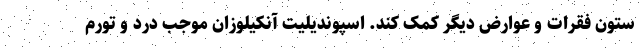
ستون فقرات و عوارض دیگر کمک کند. اسپوندیلیت آنکیلوزان موجب درد و تورم